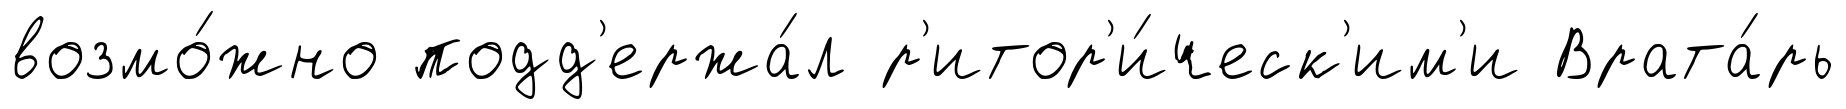
возмо́жно подд'ержа́л р'итор'и́ческ'им'и Врата́рь